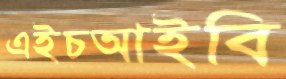
এইচআইবি